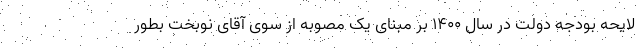
لایحه بودجه دولت در سال ۱۴۰۰ بر مبنای یک مصوبه از سوی آقای نوبخت بطور